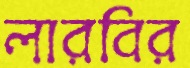
লারবির